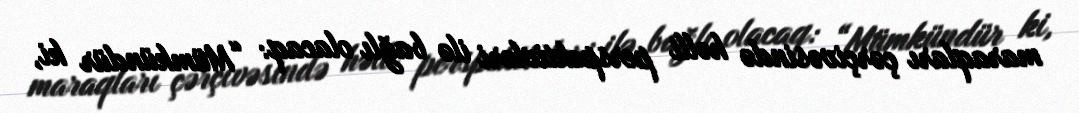
maraqları çərçivəsində həlli perspektivləri ilə bağlı olacaq: “Mümkündür ki,